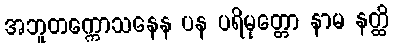
အဘူတက္ကောသနေန ပန ပရိမုတ္တော နာမ နတ္ထိ